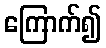
ကြောက်၍